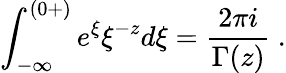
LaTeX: \int_{-\infty}^{(0+)}e^{\xi}\xi^{-z}d\xi=\frac{2\pi i}{\Gamma(z)}~.